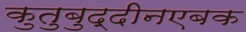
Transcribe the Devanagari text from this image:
कुतुबुद्दीनएबक